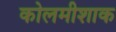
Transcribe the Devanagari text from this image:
कोलमीशाक